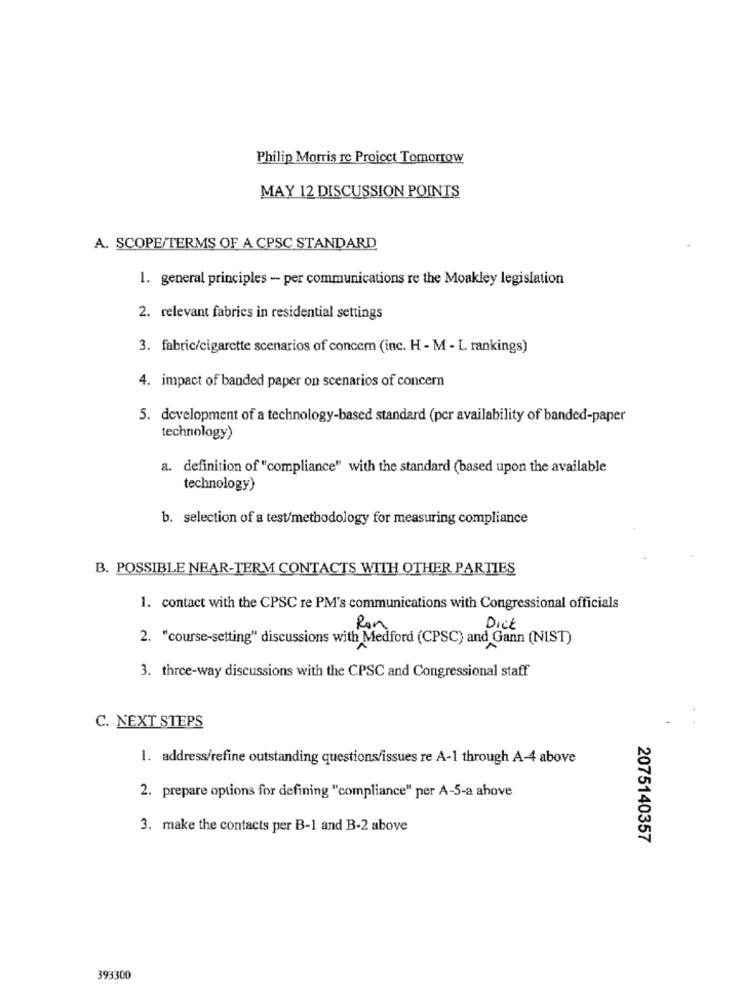
Philip Morris re Project Tomorrow
MAY 12 DISCUSSION POINTS
A. SCOPE/TERMS OF A CPSC STANDARD
1. general principles - per communications re the Moakley legislation
2. relevant fabrics in residential settings
3. fabric/cigarette scenarios of concern (inc. H - M - L rankings)
4. impact of banded paper on scenarios of concern
5. development of a technology-based standard (pcr availability of banded-paper
technology)
a. definition of "compliance" with the standard (based upon the available
technology)
b. selection of a test/methodology for measuring compliance
B. POSSIBLE NEAR-TERM CONTACTS WITH OTHER PARTIES
1. contact with the CPSC re PM's communications with Congressional officials
Ron
Dick
2. "course-setting" discussions with Medford (CPSC) and Gann (NIST)
3. three-way discussions with the CPSC and Congressional staff
C. NEXT STEPS
1. address/refine outstanding questions/issues re A-1 through A-4 above
2. prepare options for defining "compliance" per A-5-a above
3. make the contacts per B-1 and B-2 above
2075140357
393300